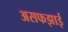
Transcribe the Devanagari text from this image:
असफझाई